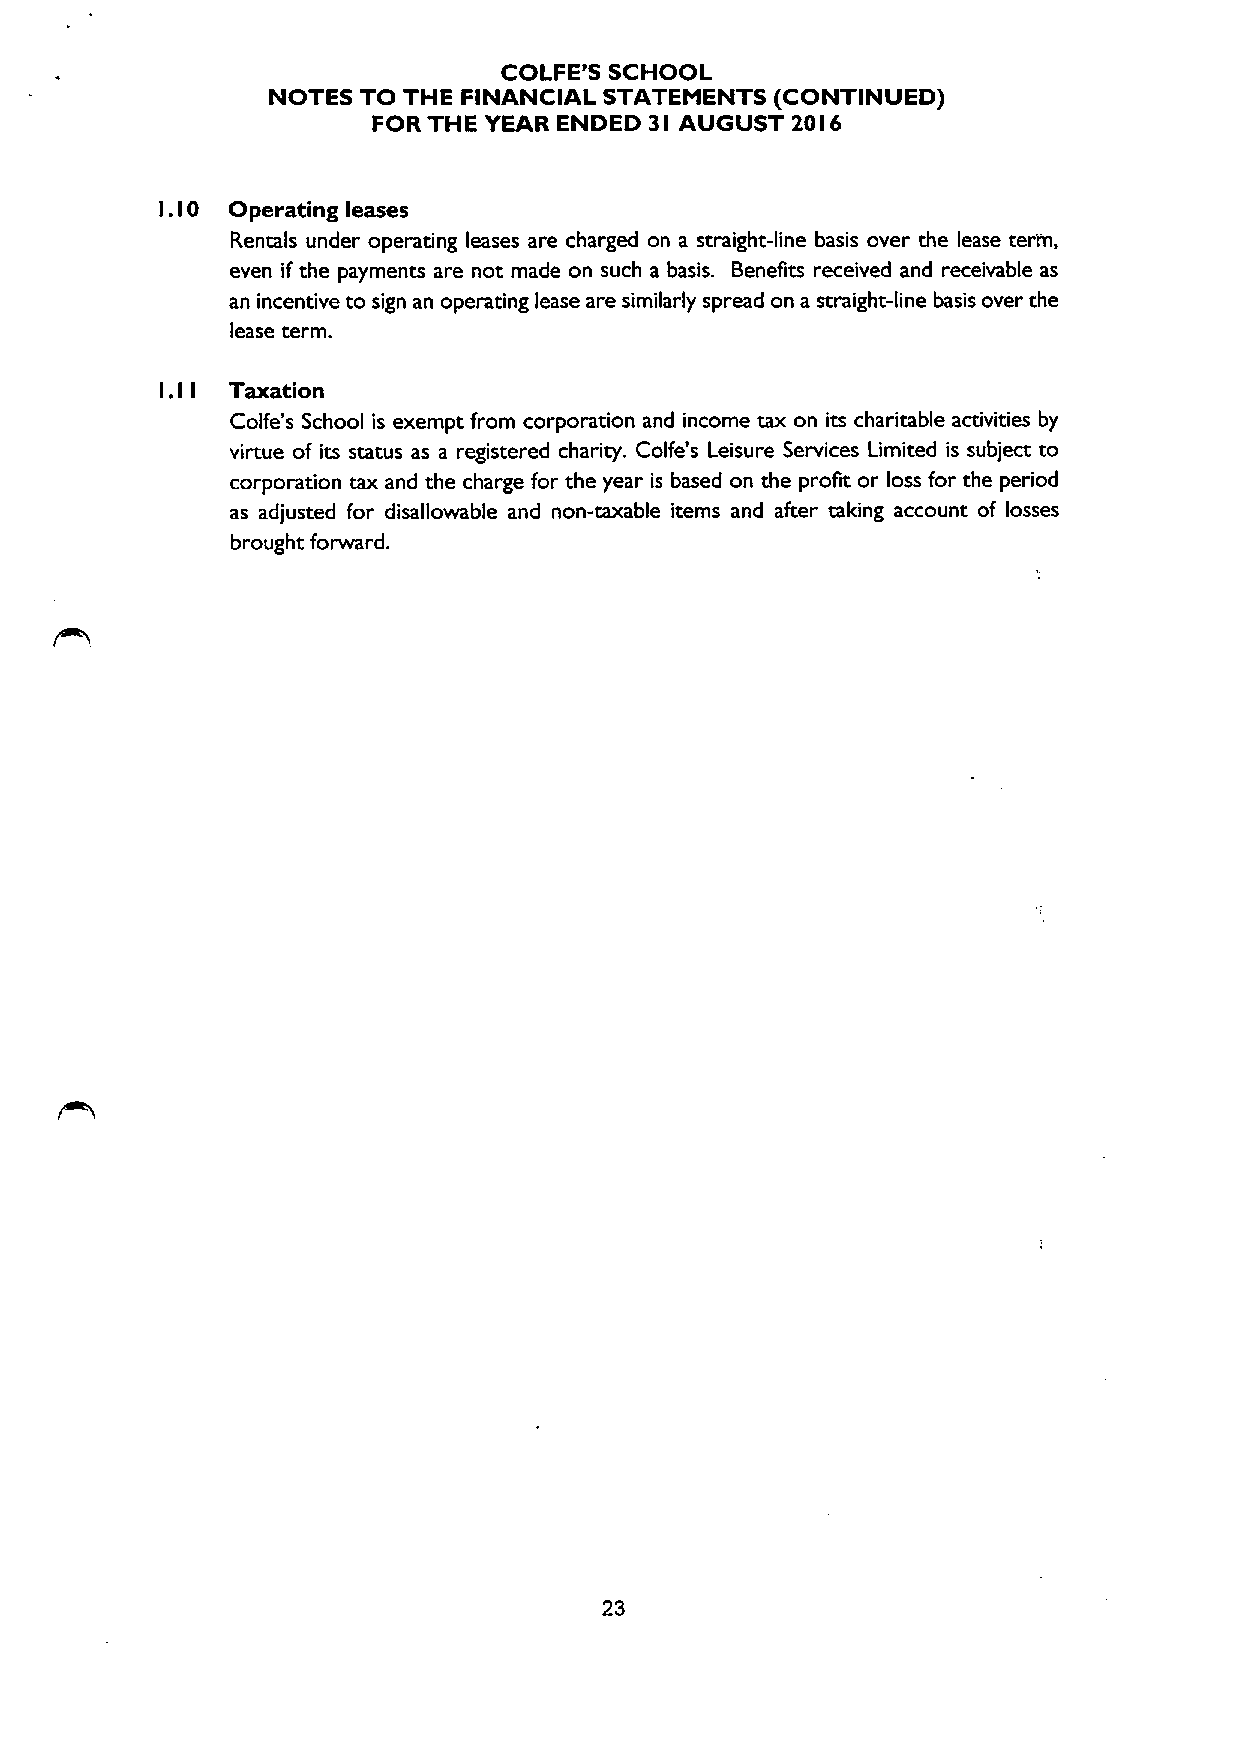
COLFE'5 SCHOOL
 NOTES TO THE FINANCIAL STATEMENTS (CONTINUED)
 FOR THE YEAR ENDED 3I AUGUST 20I6
 .
 0  Operating leases
 I I
 Rentals under operating leases are charged on a straight-line basis over the lease term,
 even if the payments are not made on such a basis. Benefits received and receivable as
 an incentive to sign an operating lease are similarly spread on a straight-line basis over the
 lease term.
 I.  Taxation
 I I
 Colfe's School is exempt from corporation and income tax on its charitable activities by
 virtue of its status as a registered charity. Colfe's Leisure Services Limited is subject to
 corporation tax and the charge for the year is based on the profit or loss for the period
 as adjusted for disallowable and non-taxable items and after taking account of losses
 brought forward.
 23